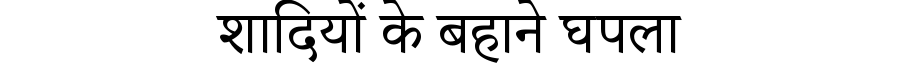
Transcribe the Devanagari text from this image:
शादियों के बहाने घपला